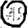
Digit: 0